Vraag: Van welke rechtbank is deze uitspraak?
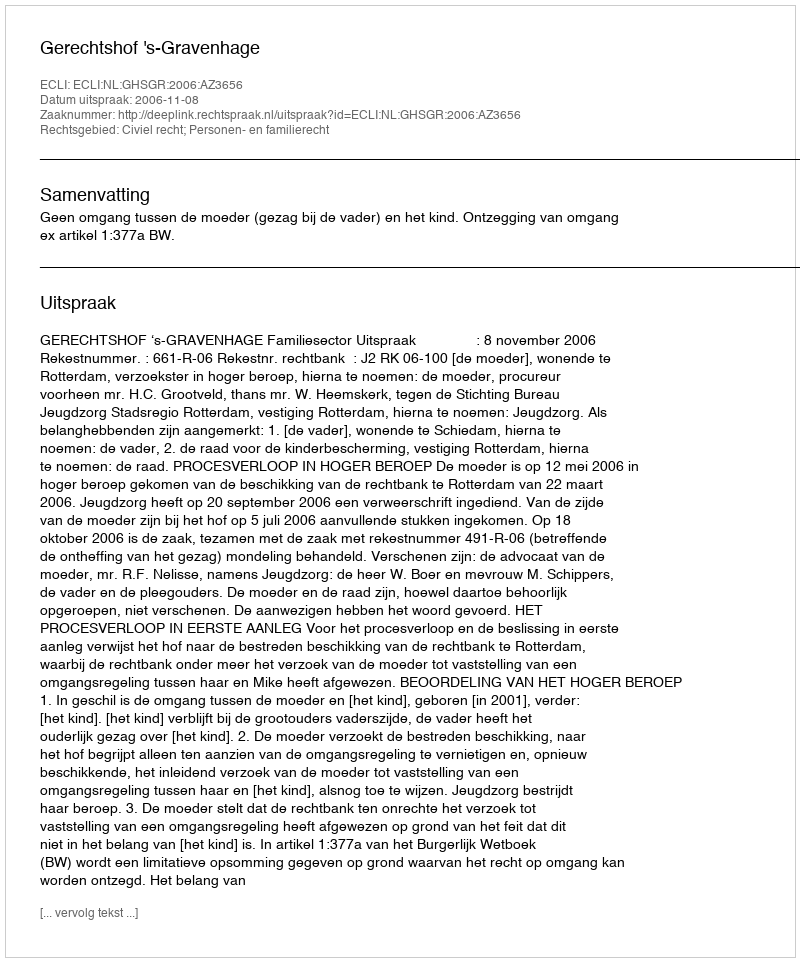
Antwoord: Gerechtshof 's-Gravenhage